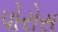
પોરોસ